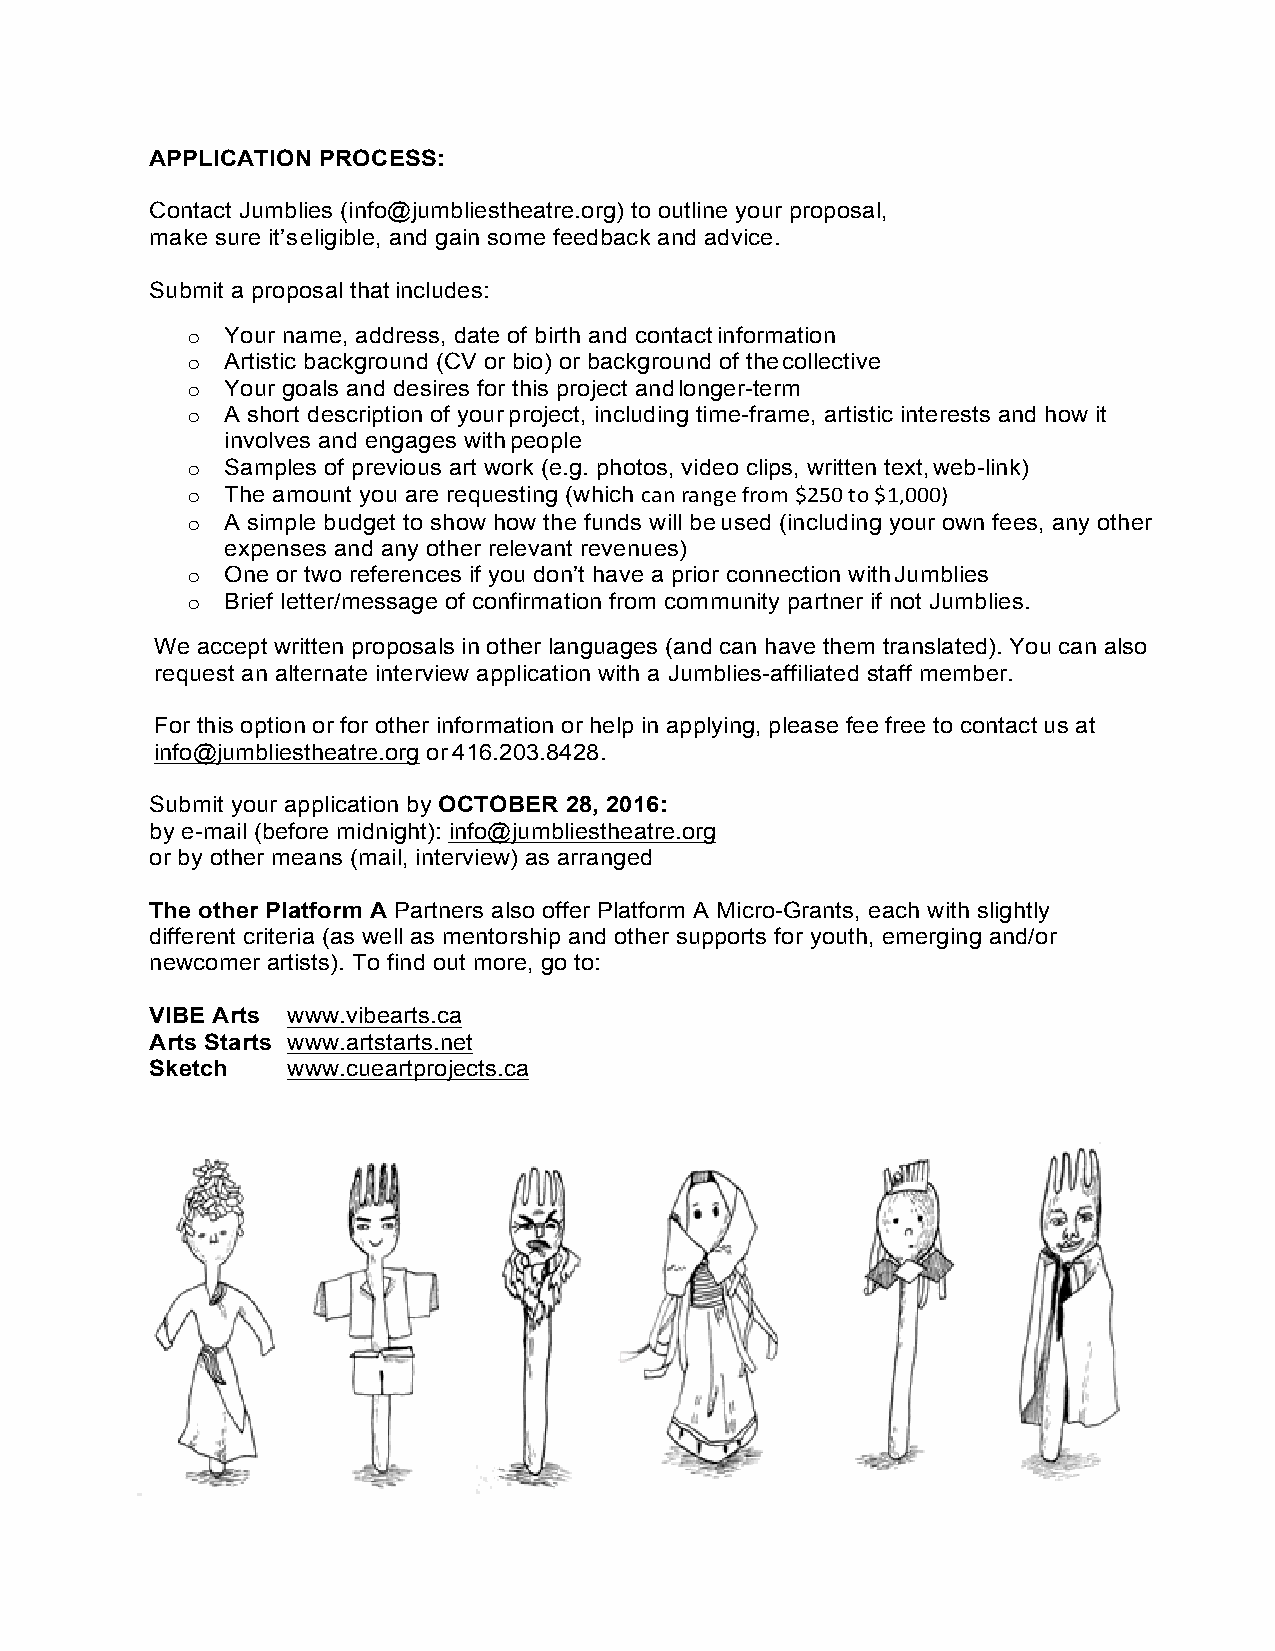
APPLICATION PROCESS:
 Contact Jumblies (info@jumbliestheatre.org) to outline your proposal,
 make sure it’s eligible, and gain some feedback and advice.
 Submit a proposal that includes:
 o  Your name, address, date of birth and contact information
 o  Artistic background (CV or bio) or background of the collective
 o  Your goals and desires for this project and longer-term
 o  A short description of your project, including time-frame, artistic interests and how it
 involves and engages with people
 o  Samples of previous art work (e.g. photos, video clips, written text, web-link)
 o  The amount you are requesting (which can range from $250 to $1,000)
 o  A simple budget to show how the funds will be used (including your own fees, any other
 expenses and any other relevant revenues)
 o  One or two references if you don’t have a prior connection with Jumblies
 o  Brief letter/message of confirmation from community partner if not Jumblies.
 We accept written proposals in other languages (and can have them translated). You can also
 request an alternate interview application with a Jumblies-affiliated staff member.
 For this option or for other information or help in applying, please fee free to contact us at
 info@jumbliestheatre.org or 416.203.8428.
 Submit your application by OCTOBER 28, 2016:
 by e-mail (before midnight): info@jumbliestheatre.org
 or by other means (mail, interview) as arranged
 The other Platform A Partners also offer Platform A Micro-Grants, each with slightly
 different criteria (as well as mentorship and other supports for youth, emerging and/or
 newcomer artists). To find out more, go to:
 VIBE Arts www.vibearts.ca
 Arts Starts www.artstarts.net
 Sketch   www.cueartprojects.ca